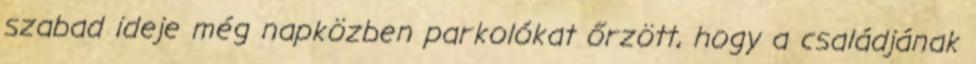
szabad ideje még napközben parkolókat őrzött, hogy a családjának